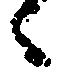
候